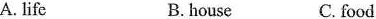
A. life B. house C.food